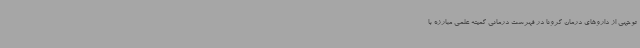
توجهی از داروهای درمان کرونا در فهرست درمانی کمیته علمی مبارزه با